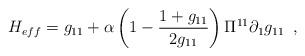
LaTeX: \begin{align*}H_{eff}=g_{11}+ \alpha \left( 1-\frac{1+g_{11}}{2g_{11}} \right)\Pi ^{11}\partial_1 g_{11} \,\,\, , \end{align*}